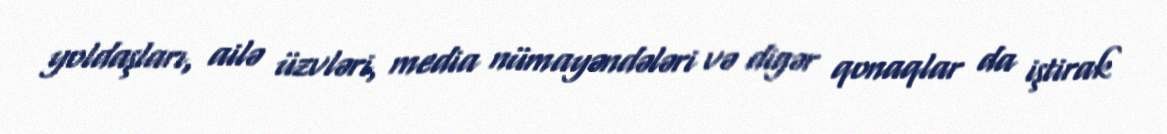
yoldaşları, ailə üzvləri, media nümayəndələri və digər qonaqlar da iştirak